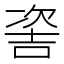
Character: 𠸆